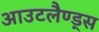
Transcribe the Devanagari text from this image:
आउटलैण्ड्स